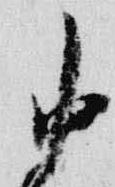
中